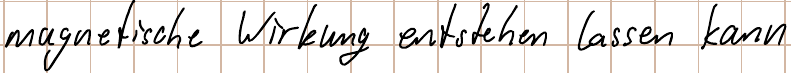
magnetische Wirkung entstehen lassen kann